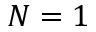
N = 1